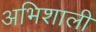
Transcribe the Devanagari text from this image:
अभिशाली